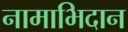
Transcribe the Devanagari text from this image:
नामाभिदान